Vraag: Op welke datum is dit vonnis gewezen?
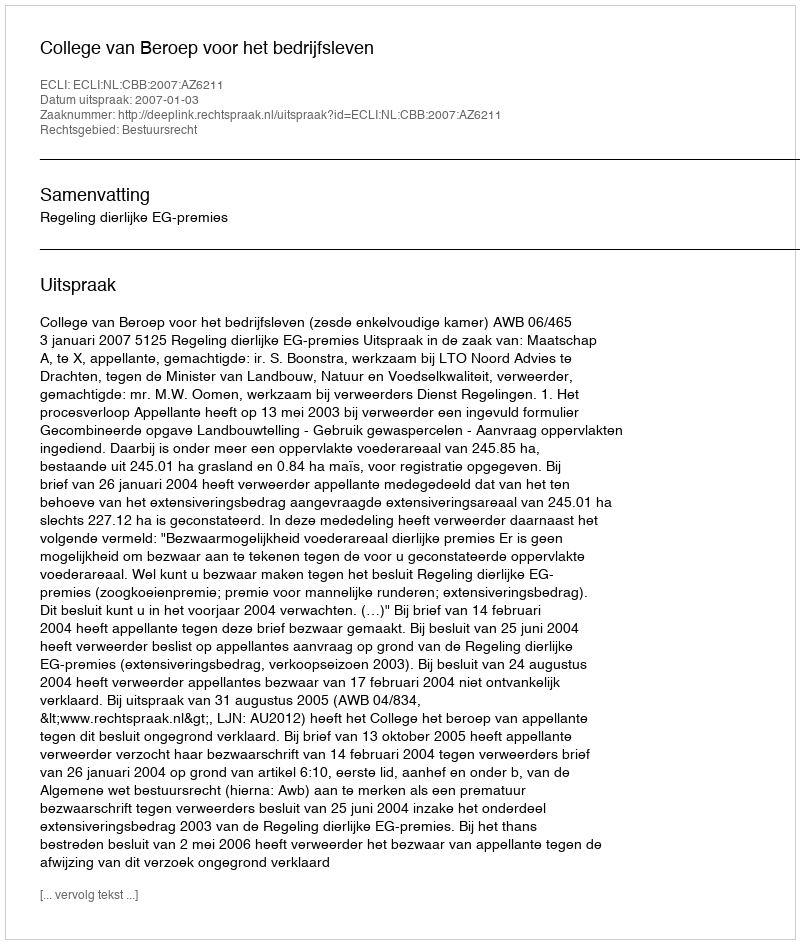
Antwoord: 2007-01-03